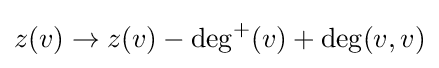
z(v)\rightarrow z(v)-\deg ^{+}(v)+\deg(v,v)